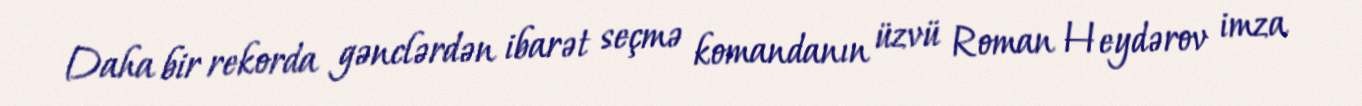
Daha bir rekorda gənclərdən ibarət seçmə komandanın üzvü Roman Heydərov imza